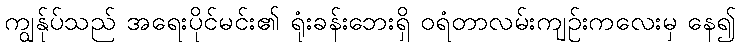
ကျွန်ုပ်သည် အရေးပိုင်မင်း၏ ရုံးခန်းဘေးရှိ ဝရံတာလမ်းကျဉ်းကလေးမှ နေ၍